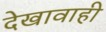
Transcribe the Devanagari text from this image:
देखावाही